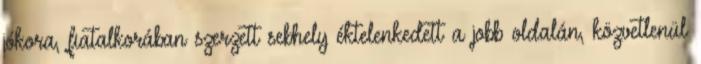
jókora, fiatalkorában szerzett sebhely éktelenkedett a jobb oldalán, közvetlenül